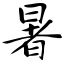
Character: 暑